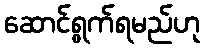
ဆောင်ရွက်ရမည်ဟု